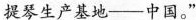
小提琴生产基地--中国。”